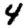
Digit: 4